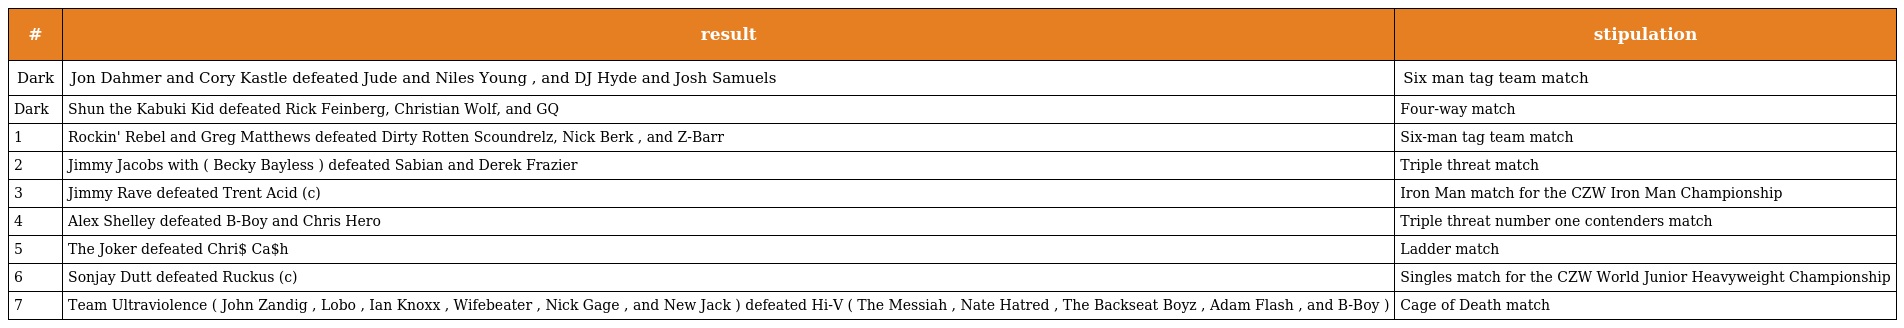
| # | result | stipulation |
 | --- | --- | --- |
 | Dark | Jon Dahmer and Cory Kastle defeated Jude and Niles Young , and DJ Hyde and Josh Samuels | Six man tag team match |
 | Dark | Shun the Kabuki Kid defeated Rick Feinberg, Christian Wolf, and GQ | Four-way match |
 | 1 | Rockin' Rebel and Greg Matthews defeated Dirty Rotten Scoundrelz, Nick Berk , and Z-Barr | Six-man tag team match |
 | 2 | Jimmy Jacobs with ( Becky Bayless ) defeated Sabian and Derek Frazier | Triple threat match |
 | 3 | Jimmy Rave defeated Trent Acid (c) | Iron Man match for the CZW Iron Man Championship |
 | 4 | Alex Shelley defeated B-Boy and Chris Hero | Triple threat number one contenders match |
 | 5 | The Joker defeated Chri$ Ca$h | Ladder match |
 | 6 | Sonjay Dutt defeated Ruckus (c) | Singles match for the CZW World Junior Heavyweight Championship |
 | 7 | Team Ultraviolence ( John Zandig , Lobo , Ian Knoxx , Wifebeater , Nick Gage , and New Jack ) defeated Hi-V ( The Messiah , Nate Hatred , The Backseat Boyz , Adam Flash , and B-Boy ) | Cage of Death match |